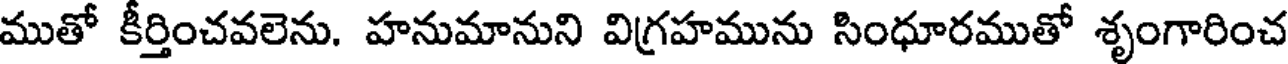
ముతో కీర్తించవలెను. హనుమానుని విగ్రహమును సింధూరముతో శృంగారించ